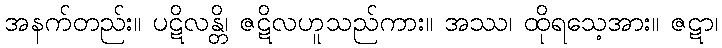
အနက်တည်း။ ပဋိလန္တိ၊ ဇဋိလဟူသည်ကား။ အဿ၊ ထိုရသေ့အား။ ဇဋာ၊